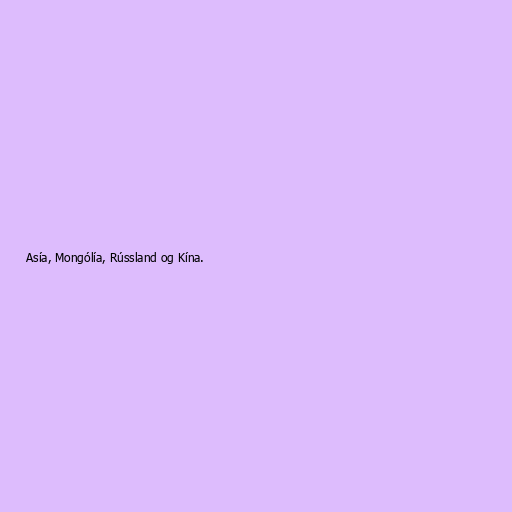
Asía, Mongólía, Rússland og Kína.